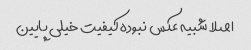
اصلا شبیه عکس نبوده کیفیت خیلی پایین